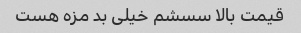
قیمت بالا سسشم خیلی بد مزه هست